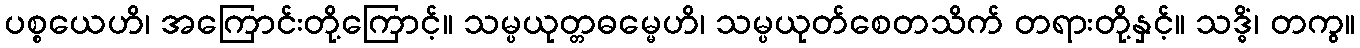
ပစ္စယေဟိ၊ အကြောင်းတို့ကြောင့်။ သမ္ပယုတ္တဓမ္မေဟိ၊ သမ္ပယုတ်စေတသိက် တရားတို့နှင့်။ သဒ္ဓိံ၊ တကွ။